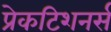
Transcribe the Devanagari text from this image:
प्रेकटिशनर्स